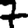
Digit: 7